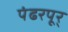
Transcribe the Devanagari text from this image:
पंढरपूर्